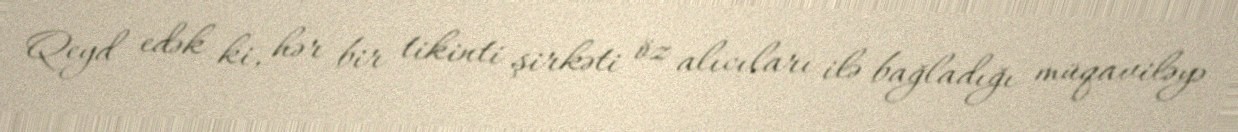
Qeyd edək ki, hər bir tikinti şirkəti öz alıcıları ilə bağladığı müqaviləyə